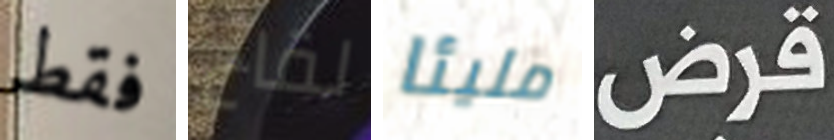
فقط لقاح مليئا قرض